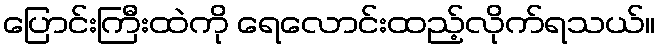
ပြောင်းကြီးထဲကို ရေလောင်းထည့်လိုက်ရသယ်။